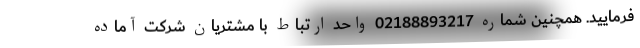
فرمایید. همچنین شماره 02188893217 واحد ارتباط با مشتریان شرکت آماده